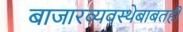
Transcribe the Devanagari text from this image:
बाजारव्यवस्थेबाबतही